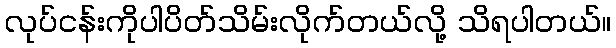
လုပ်ငန်းကိုပါပိတ်သိမ်းလိုက်တယ်လို့ သိရပါတယ်။